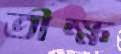
তীক্ষ